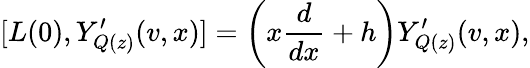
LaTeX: [L(0),Y_{Q(z)}^{\prime}(v,x)]=\left(x\frac{d}{dx}+h\right)Y_{Q(z)}^{\prime}(v,x),